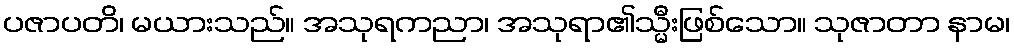
ပဇာပတိ၊ မယားသည်။ အသုရကညာ၊ အသုရာ၏သ္မီးဖြစ်သော။ သုဇာတာ နာမ၊